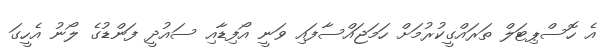
އެ ހޮސްޕިޓަލް ތަރައްގީކުރުމަށް ހަމަޖައްސާފައި ވަނީ އޯފިޑާއި ސައުދީ ފަންޑުގެ ލޯނު އެހީގަ